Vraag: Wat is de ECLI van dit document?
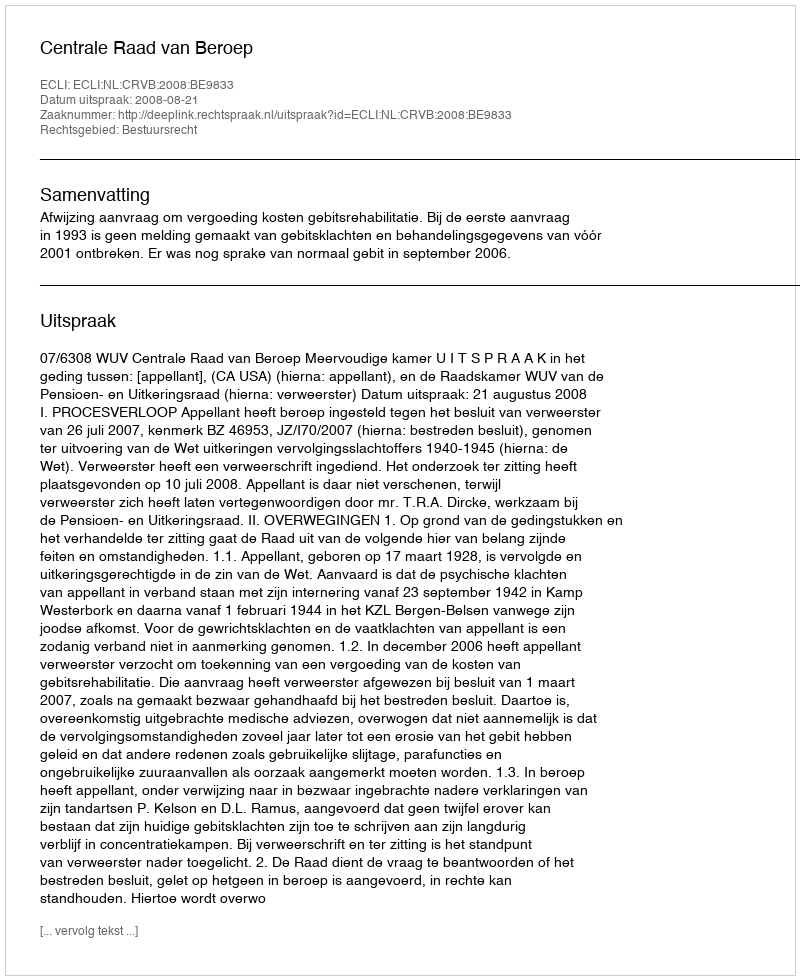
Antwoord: ECLI:NL:CRVB:2008:BE9833